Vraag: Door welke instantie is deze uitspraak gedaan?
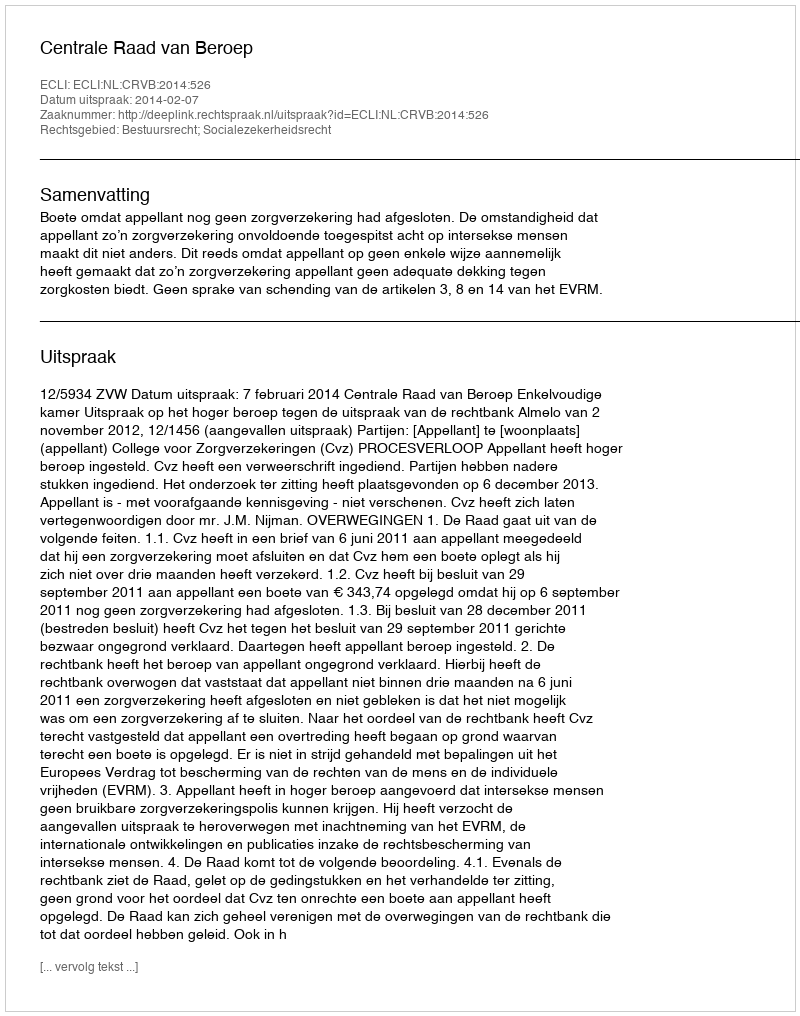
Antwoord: Centrale Raad van Beroep